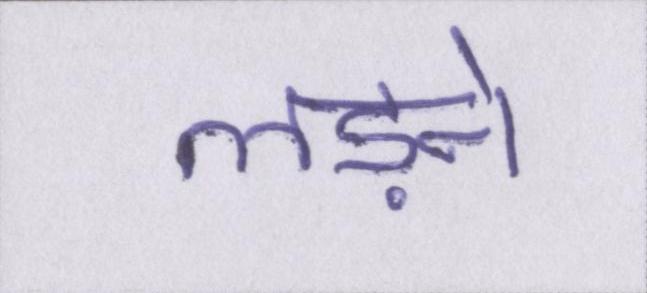
लड़ने